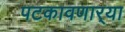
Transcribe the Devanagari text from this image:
पटकावणार्‍या